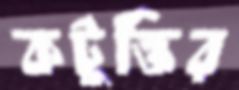
কটুক্তির